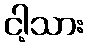
ငါ့သား